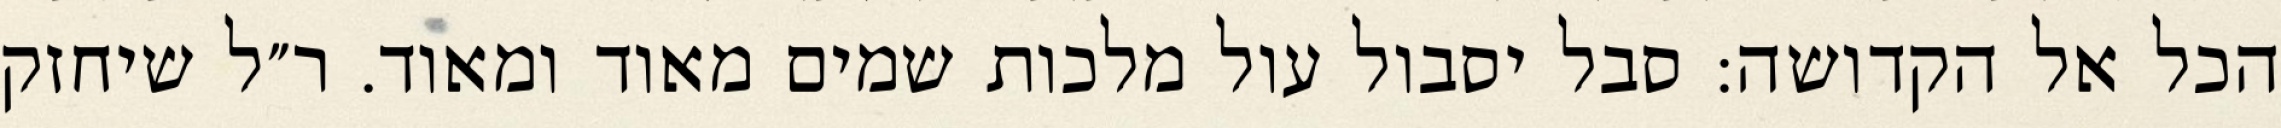
הכל אל הקדושה: סבל יסבול עול מלכות שמים מאוד ומאוד. ר״ל שיחזק